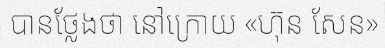
បានថ្លែងថា នៅក្រោយ «ហ៊ុន សែន»